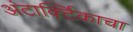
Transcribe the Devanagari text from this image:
अंटार्क्टिकाचा